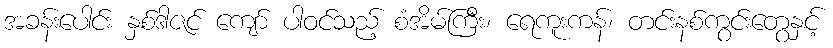
အခန်းပေါင်း နှစ်ဒါဇင် ကျော် ပါဝင်သည့် စံအိမ်ကြီး၊ ရေကူးကန်၊ တင်းနစ်ကွင်းတွေနှင့်